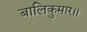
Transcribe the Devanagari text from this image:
बालिकुमार।।